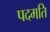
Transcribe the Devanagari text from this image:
पदमति